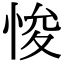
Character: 悛